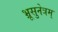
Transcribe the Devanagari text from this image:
भ्रूसुनेत्रम्